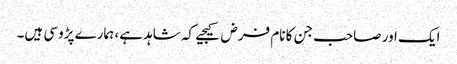
ایک اور صاحب جن کا نام فرض کیجیے کہ شاہد ہے، ہمارے پڑوسی ہیں۔